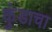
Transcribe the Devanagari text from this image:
कुंडाचा